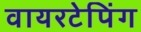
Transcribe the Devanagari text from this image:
वायरटेपिंग